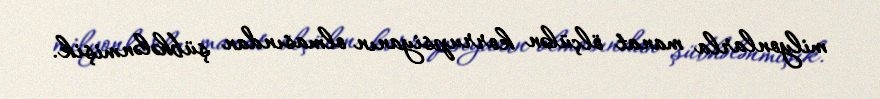
milyonlarla manat ölçülən korrupsiyanın olmasından şübhələnmişik.